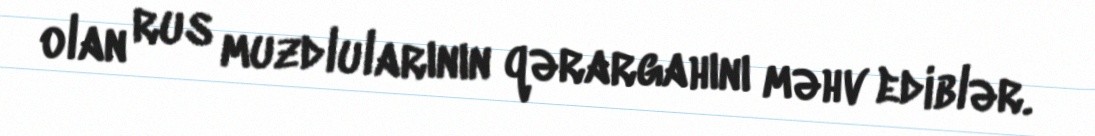
olan rus muzdlularının qərargahını məhv ediblər.